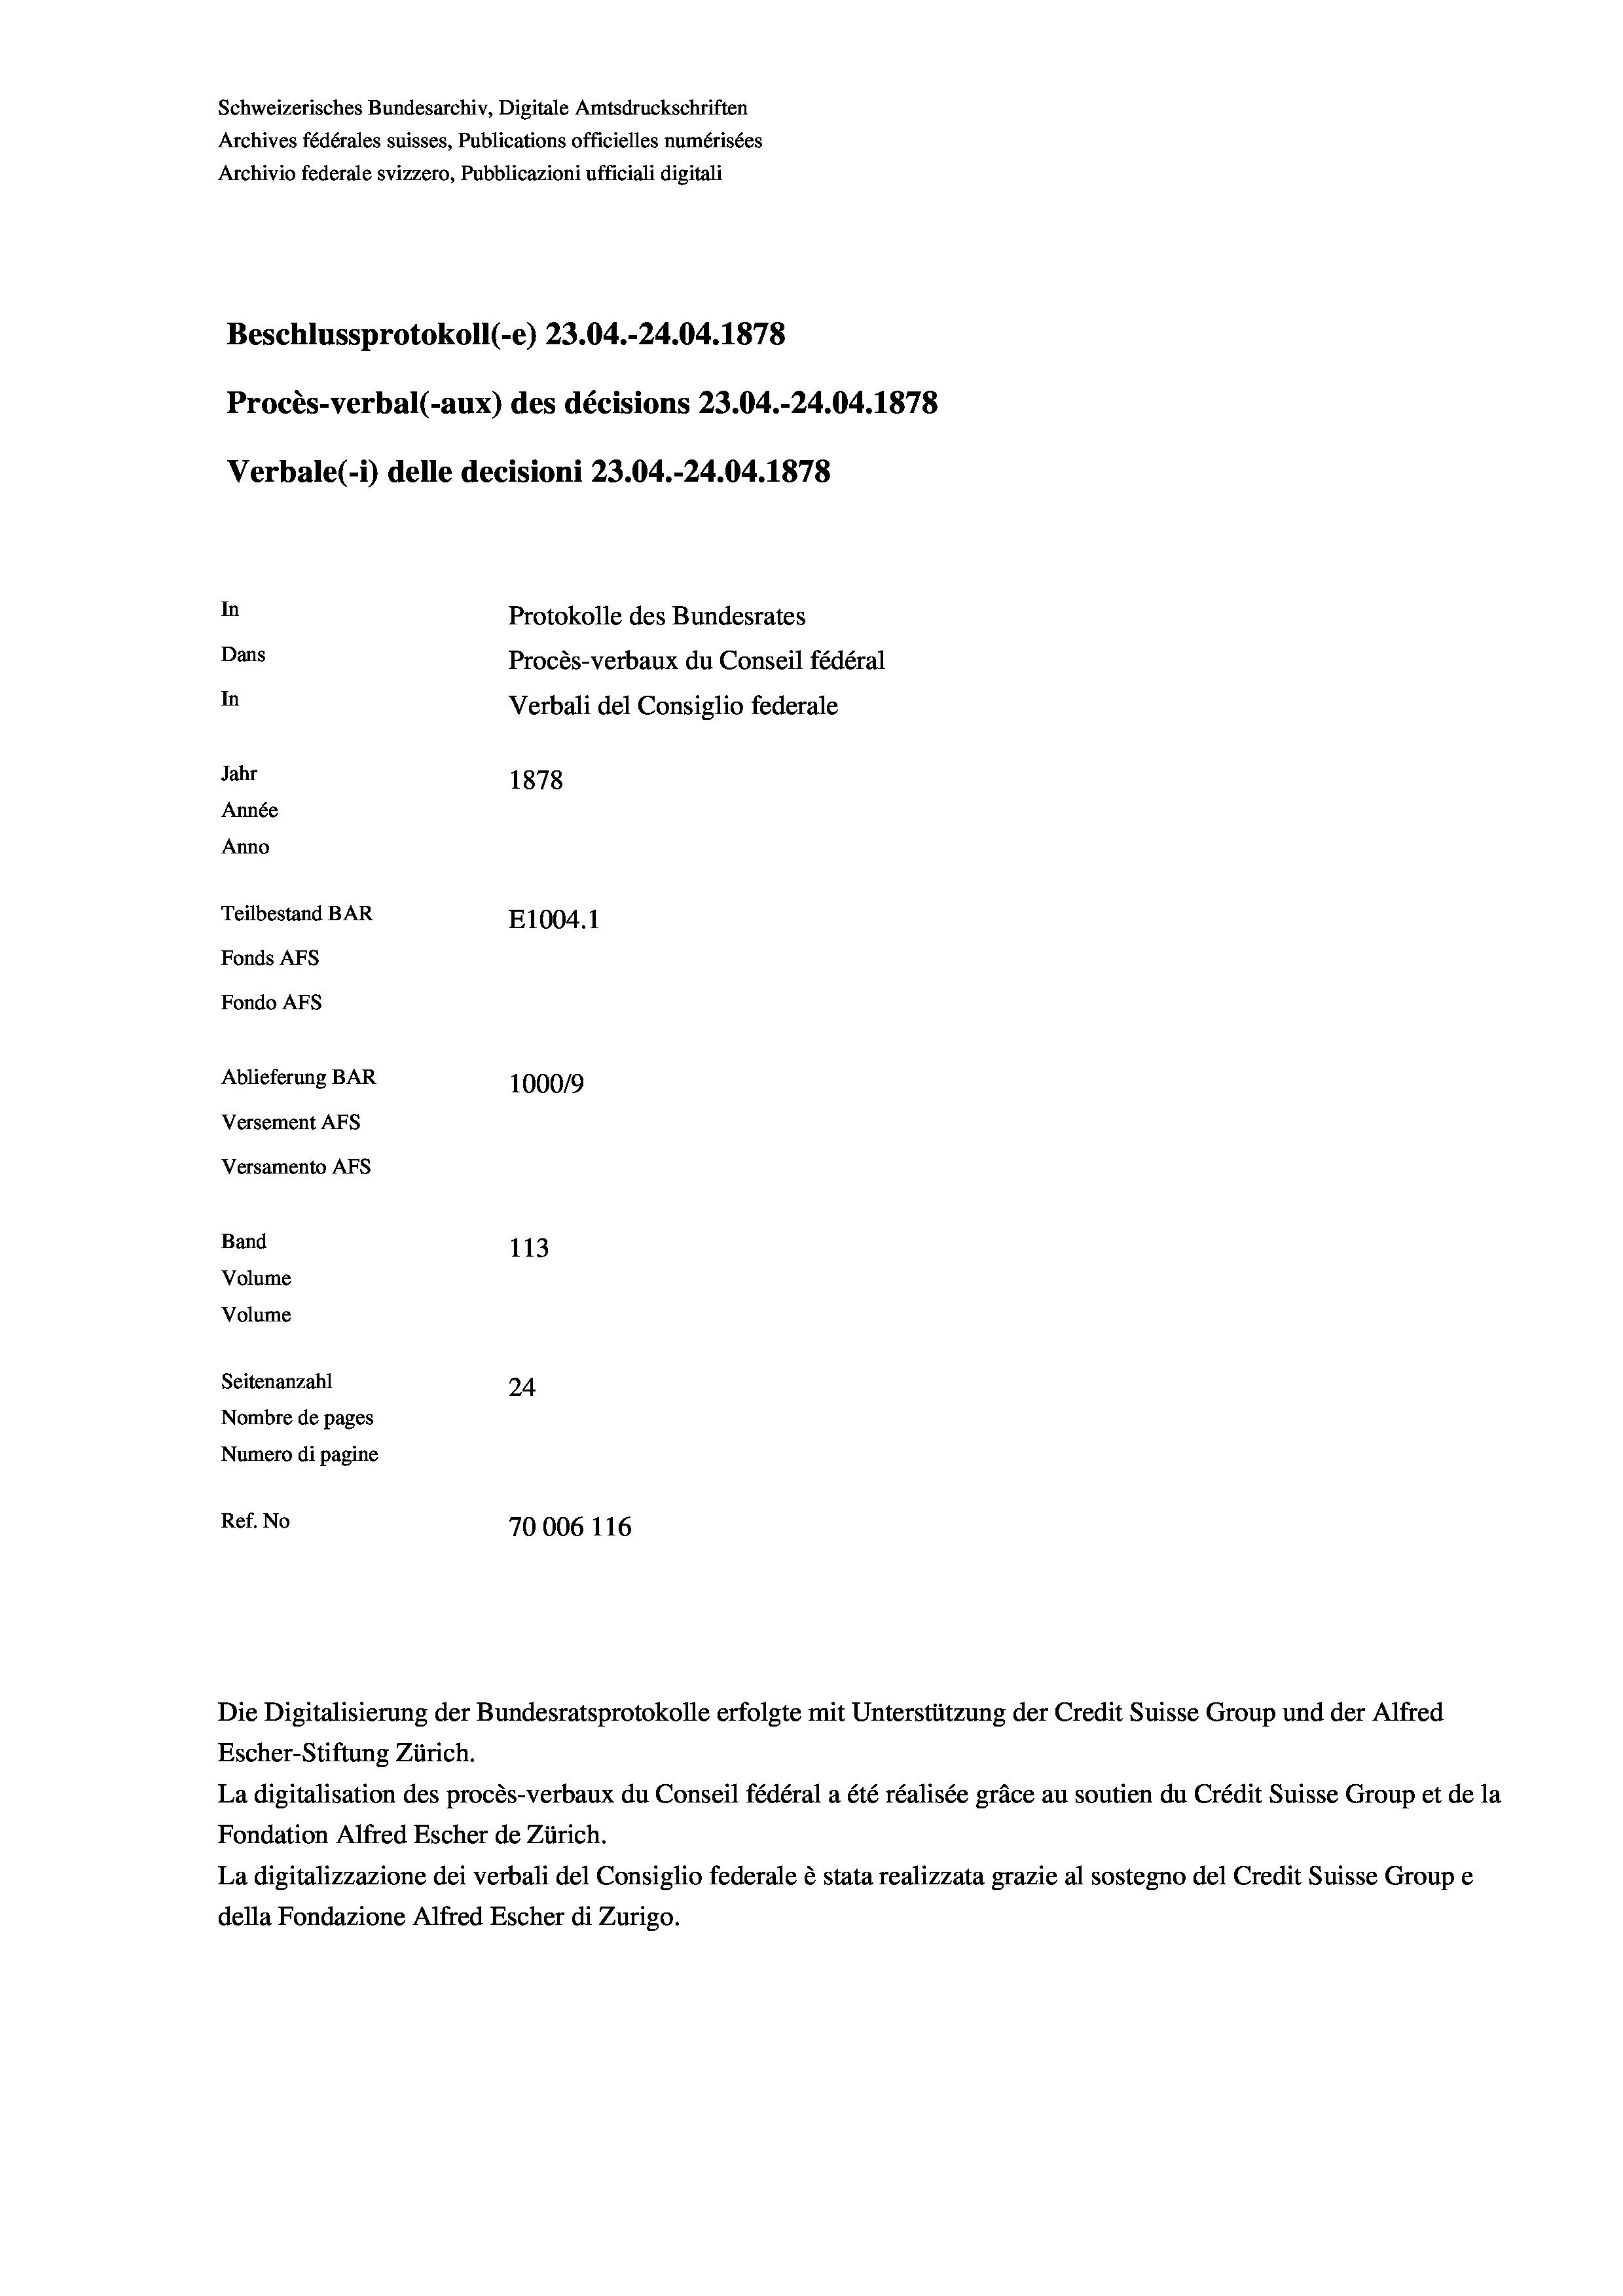
Schweizerisches Bundesarchiv, Digitale Amtsdruckschriften
Archives fédérales suisses, Publications officielles numérisées
Archivio federale svizzero, Pubblicazioni ufficiali digitali
Beschlussprotokoll (-e) 23.04.-24.04. 1878
Procès-verbal (-aux) des décisions 23.04.-24.04. 1878
Verbale(-*) delle decisioni 23.04.-24.04. 1878
In
Protokolle des Bundesrates
Dans
Procès-verbaux du Conseil fédéral
In
Verbali del Consiglio federale
Jahr
1878
Année
Anno
Teilbestand BAR
E1004. 1
Fonds AFs
Fondo AFS
Ablieferung BAR
1000/9
Versement AFs
Versamento Afs
Band
113
Volume
Volume
Seitenanzahl
24
Nombre de pages
Numero di pagine
Ref. No
70006 116

Escher-Stiftung Zürich.
La digitalisation des procès-verbaux du Conseil fédéral a été réalisée gräce au soutien du Crédit Suisse Group et de la
Fondation Alfred Escher de Zürich.
La digitalizzazione dei verbali del Consiglio federale è stata realizzata grazie al sostegno del Credit Suisse Groupe
della Fondazione Alfred Escher di Zurigo.

Die Digitalisierung der Bundesratsprotokolle erfolgte mit Unterstützung der Credit Suisse Group und der Alfred